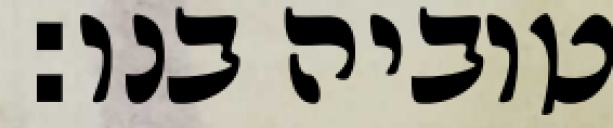
טוביה בנו: